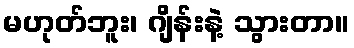
မဟုတ်ဘူး၊ ဂျိန်းနဲ့ သွားတာ။